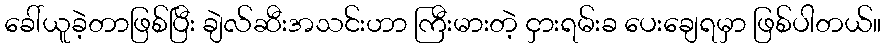
ခေါ်ယူခဲ့တာဖြစ်ပြီး ချဲလ်ဆီးအသင်းဟာ ကြီးမားတဲ့ ငှားရမ်းခ ပေးချေရမှာ ဖြစ်ပါတယ်။